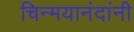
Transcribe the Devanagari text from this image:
चिन्मयानंदांनी